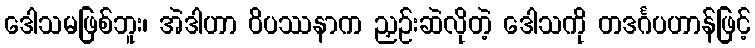
ဒေါသမဖြစ်ဘူး၊ အဲဒါဟာ ဝိပဿနာက ညှဉ်းဆဲလိုတဲ့ ဒေါသကို တဒင်္ဂပဟာန်ဖြင့်